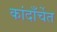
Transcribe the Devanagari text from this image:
कांदाँर्चेत